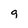
Character: 9